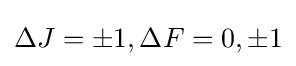
\Delta J=\pm 1,\Delta F=0,\pm 1